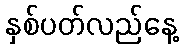
နှစ်ပတ်လည်နေ့